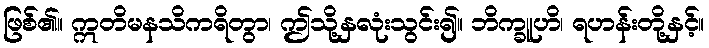
ဖြစ်၏။ ဣတိမနသိကရိတွာ၊ ဤသို့နှလုံးသွင်း၍။ ဘိက္ခူဟိ၊ ရဟန်းတို့နှင့်။